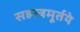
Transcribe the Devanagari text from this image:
सहस्त्रमूर्तये